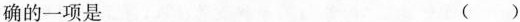
确的一项是 ( )